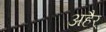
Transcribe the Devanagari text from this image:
अहैर्